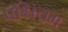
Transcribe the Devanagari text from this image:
पश्चिचम